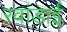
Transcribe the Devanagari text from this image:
रवांडाई